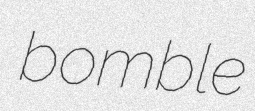
bomble